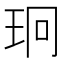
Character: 㺾